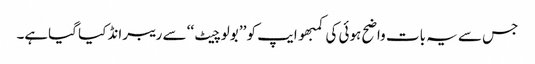
جس سے یہ بات واضح ہوئی کی کمبھو ایپ کو ’’ بولو چیٹ ‘‘ سے ریبرانڈ کیا گیاہے۔